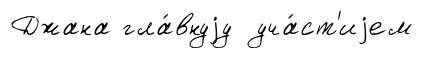
Джана гла́внуjу уча́ст'иjем